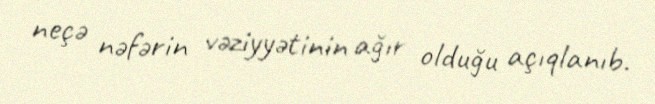
neçə nəfərin vəziyyətinin ağır olduğu açıqlanıb.